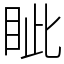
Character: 眦